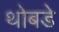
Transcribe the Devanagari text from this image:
थोबडे